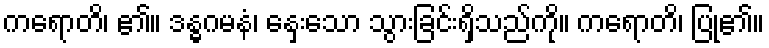
ကရောတိ၊ ၏။ ဒန္ဓဂမနံ၊ နှေးသော သွားခြင်းရှိသည်ကို။ ကရောတိ၊ ပြု၏။